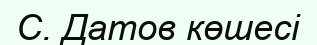
С. Датов көшесі